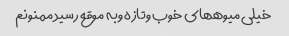
خیلی میوههای خوب وتازه وبه موقع رسید ممنونم